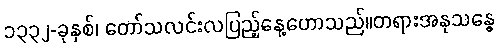
၁၃၃၂-ခုနှစ်၊ တော်သလင်းလပြည့်နေ့ဟောသည်။တရားအနုသန္ဓေ